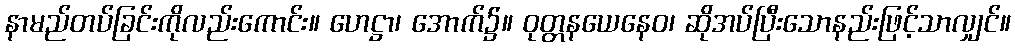
နာမည်တပ်ခြင်းကိုလည်းကောင်း။ ဟေဋ္ဌာ၊ အောက်၌။ ဝုတ္တနယေနေဝ၊ ဆိုအပ်ပြီးသောနည်းဖြင့်သာလျှင်။